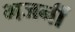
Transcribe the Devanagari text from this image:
भजनीं